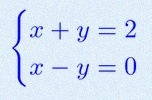
\begin{cases}x+y=2\\x-y=0\end{cases}